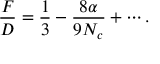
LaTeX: \frac { F } { D } = \frac { 1 } { 3 } - \frac { 8 \alpha } { 9 N _ { c } } + \cdots .